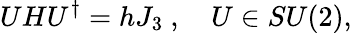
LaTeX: UHU^{\dagger}=hJ_{3}\ ,\quad U\in SU(2),